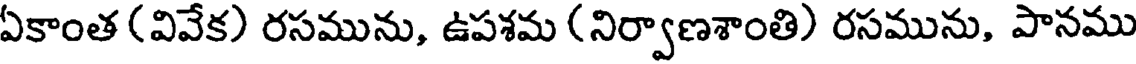
ఏకాంత (వివేక) రసమును, ఉపశమ (నిర్వాణశాంతి) రసమును, పానము